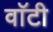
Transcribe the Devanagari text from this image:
वाॅटी